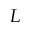
L